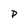
Character: P